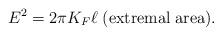
LaTeX: \begin{align*}E^2=2\pi K_F\ell\;{\rm (extremal\;area)}.\end{align*}